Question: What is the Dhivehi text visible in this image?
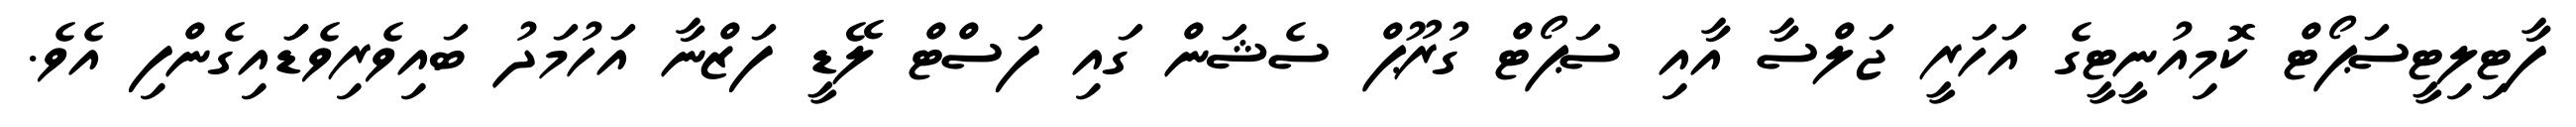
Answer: ފާޓިލިޓީސަޕޯޓް ކޮމިއުނީޓީގެ އަހަރީ ޖަލްސާ އާއި ސަޕޯޓް ގުރޫޕް ސެޝަން ގައި ފަސްޓް ލޭޑީ ފަޒްނާ އަހުމަދު ބައިވެރިވެޑަައިގެންފި އެވެ.